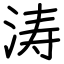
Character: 涛